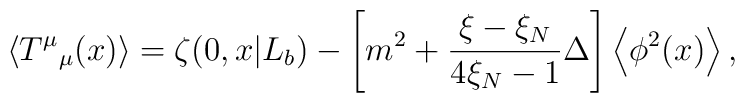
\left<T^\mu{}_\mu(x)\right>=\zeta(0,x|L_b)-\left[m^2+\frac{\xi-\xi_N}{4\xi_N-1}\Delta\right]\left<\phi^2(x)\right>,